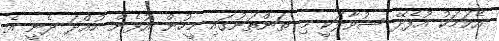
އެކަމަކު އުފެދޭ ސުވާލަކީ މި ތަންތަނުގައި މީހުން އުޅެން ހުއްދަ ދެނީ އެ